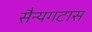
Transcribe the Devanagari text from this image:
सैन्यगटास